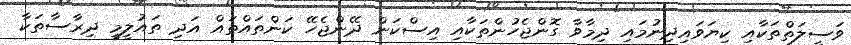
ވަސީލަތްތަކާއި ކިޔަވައިދިނުމައި ދިމާވާ ގޮންޖެހުންތަކާއި އިސްކަން ދޭންޖެހޭ ކަންތައްތައް އަދި ތައުލީމީ ދިރާސާތަކާ